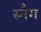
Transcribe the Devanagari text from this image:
स्नैग